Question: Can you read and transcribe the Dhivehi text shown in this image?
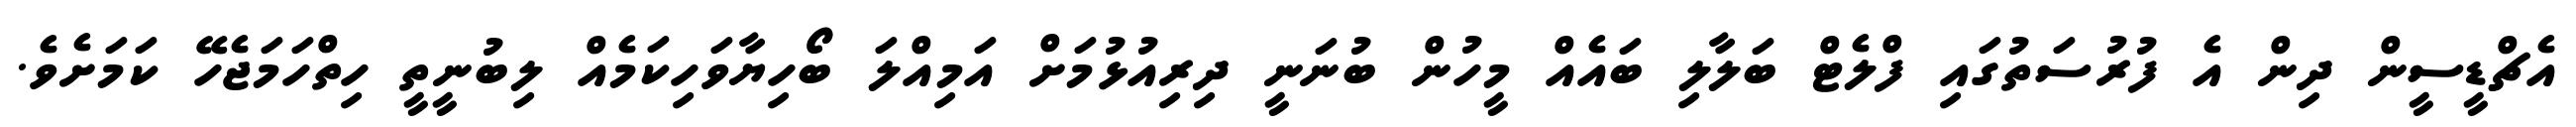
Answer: އެޗްޑީސީން ދިން އެ ފުރުސަތުގައި ފްލެޓް ބަލާލި ބައެއް މީހުން ބުނަނީ ދިރިއުޅުމަށް އަމިއްލަ ބޯހިޔާވަހިކަމެއް ލިބުނީތީ ހިތްހަމަޖެހޭ ކަމަށެވެ.